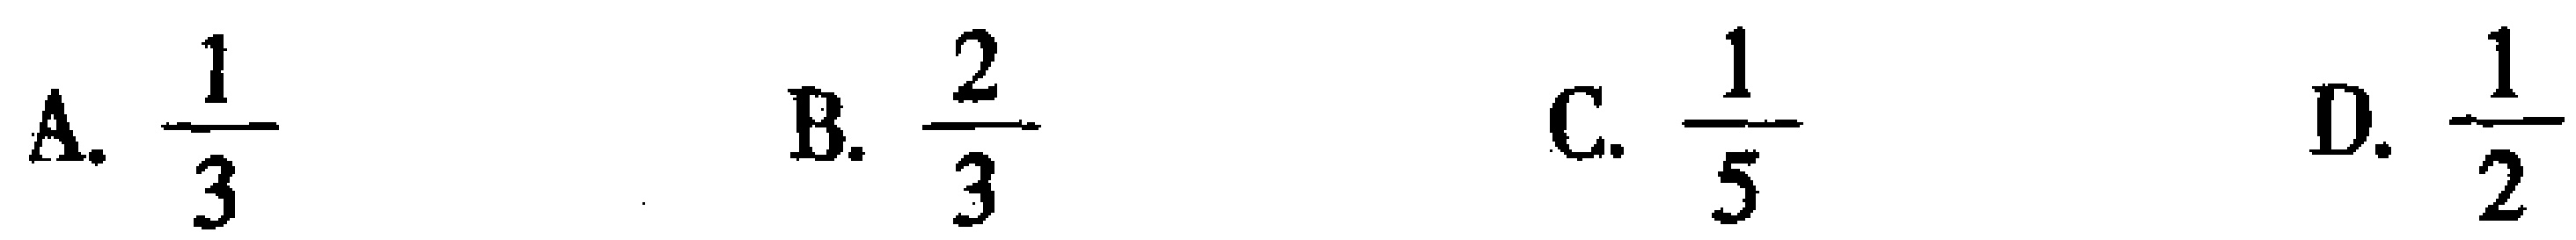
A. $\frac{1}{3}$  B. $\frac{2}{3}$  C. $\frac{1}{5}$  D. $\frac{1}{2}$